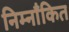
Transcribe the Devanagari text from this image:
निम्नाँकित